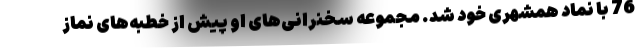
76 با نماد همشهری خود شد. مجموعه سخنرانی‌های او پیش از خطبه‌های نماز